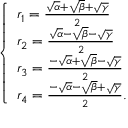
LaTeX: \left\{ { \begin{array} { l } { r _ { 1 } = { \frac { { \sqrt { \alpha } } + { \sqrt { \beta } } + { \sqrt { \gamma } } } { 2 } } } \\ { r _ { 2 } = { \frac { { \sqrt { \alpha } } - { \sqrt { \beta } } - { \sqrt { \gamma } } } { 2 } } } \\ { r _ { 3 } = { \frac { - { \sqrt { \alpha } } + { \sqrt { \beta } } - { \sqrt { \gamma } } } { 2 } } } \\ { r _ { 4 } = { \frac { - { \sqrt { \alpha } } - { \sqrt { \beta } } + { \sqrt { \gamma } } } { 2 } } { \mathrm { . } } } \end{array} } \right.